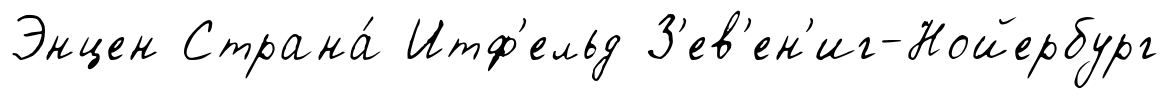
Энцен Страна́ Итф'ельд З'ев'ен'иг-Нойербург